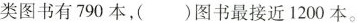
类图书有790本，( )图书最接近1200本。